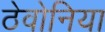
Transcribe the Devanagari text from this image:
ठेवोनिया